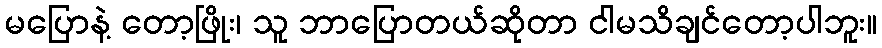
မပြောနဲ့ တော့ဖြိုး၊ သူ ဘာပြောတယ်ဆိုတာ ငါမသိချင်တော့ပါဘူး။